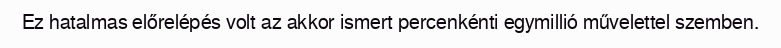
Ez hatalmas előrelépés volt az akkor ismert percenkénti egymillió művelettel szemben.